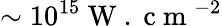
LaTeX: \sim 10^{15}\mathrm{~W~.~c~m~}^{-2}